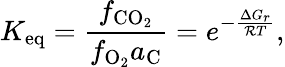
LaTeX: K_{\mathrm{eq}}=\frac{f_{\mathrm{CO_{2}}}}{f_{\mathrm{O_{2}}}a_{\mathrm{C}}}=e^{-\frac{\Delta G_{r}}{{\cal R}T}},